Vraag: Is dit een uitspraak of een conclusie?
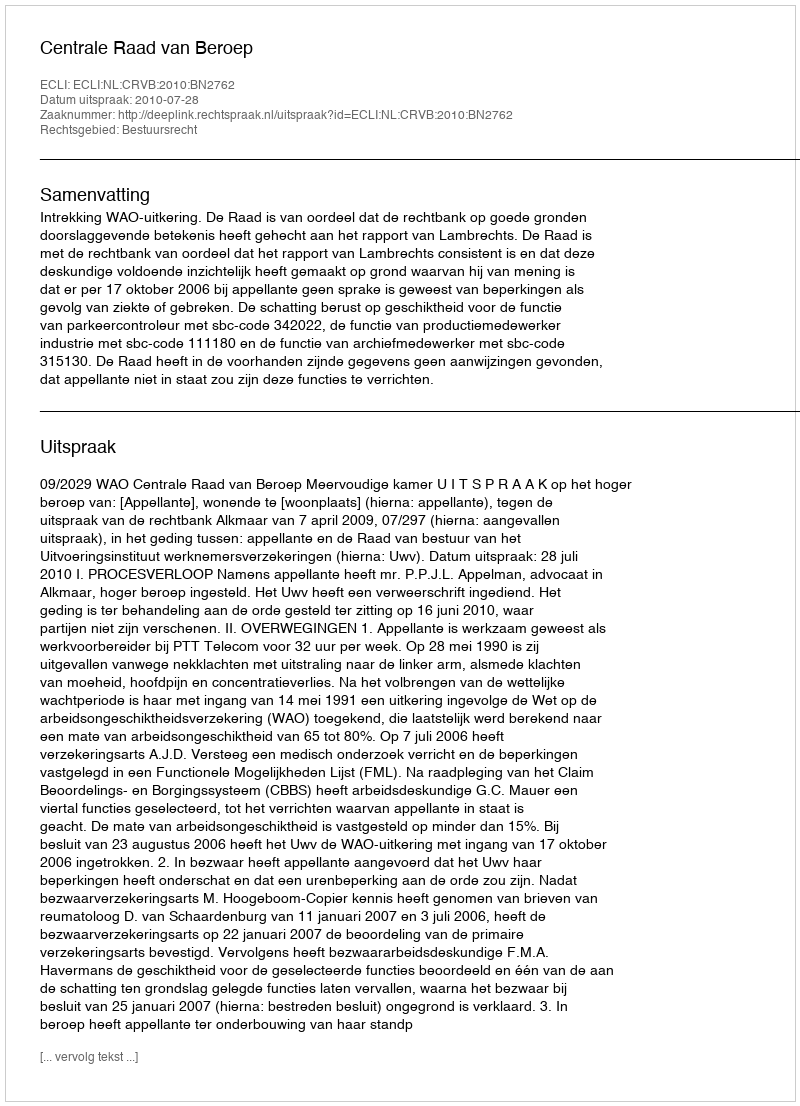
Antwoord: Uitspraak